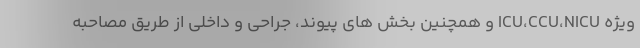
ویژه ICU،CCU،NICU و همچنین بخش های پیوند، جراحی و داخلی از طریق مصاحبه